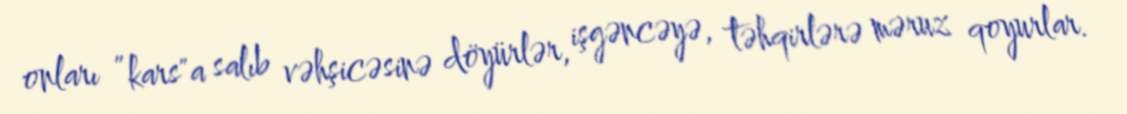
onları ”kars"a salıb vəhşicəsinə döyürlər, işgəncəyə, təhqirlərə məruz qoyurlar.